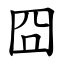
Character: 囧